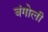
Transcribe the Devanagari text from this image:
बंगोली